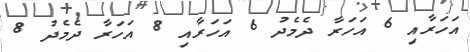
އަހަރާއި 6 އަހަރާ ދެމެދު 6 އަހަރާއި 8 އަހަރާ ދެމެދު 8